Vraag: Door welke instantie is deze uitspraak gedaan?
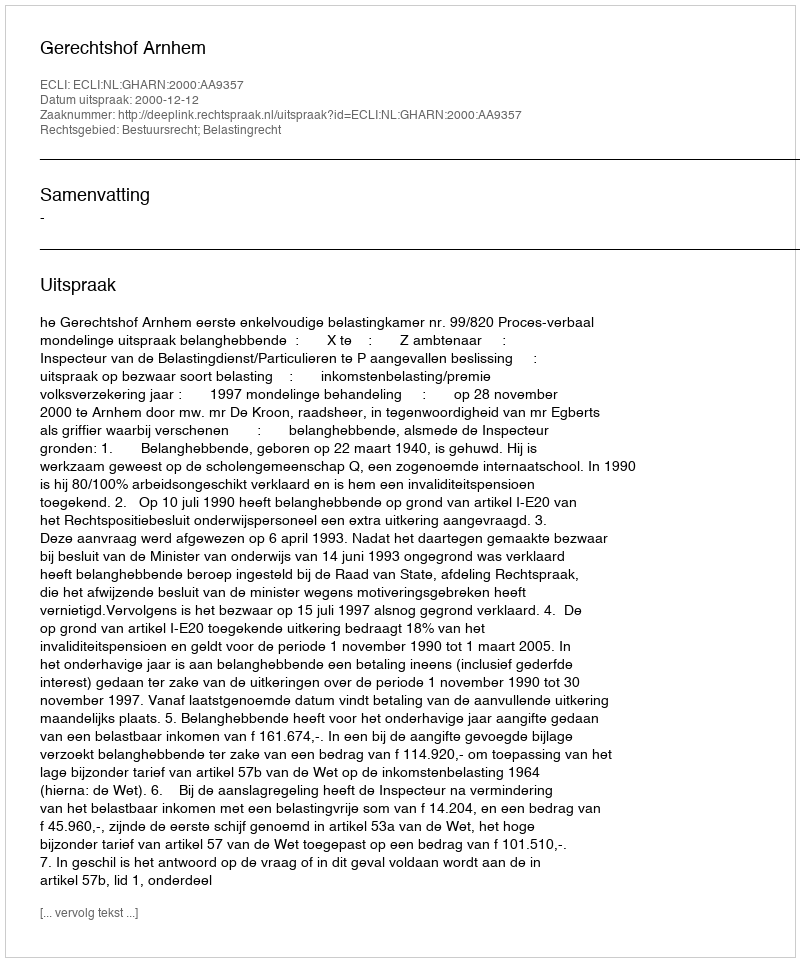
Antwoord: Gerechtshof Arnhem